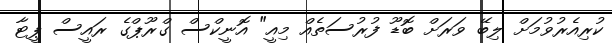
ކުރިއެރުވުމަށް ލިބޭ ވަރަށް ބޮޑޫ ފުރުސަތެއް މިއީ" އޮނީކްސް ގްރޫޕްގެ ރައީސް ޕީޓާ